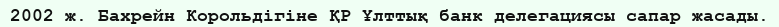
2002 ж. Бахрейн Корольдігіне ҚР Ұлттық банк делегациясы сапар жасады.